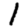
Digit: 1